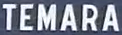
TEMARA